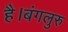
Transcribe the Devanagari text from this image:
है।बंगलुरु